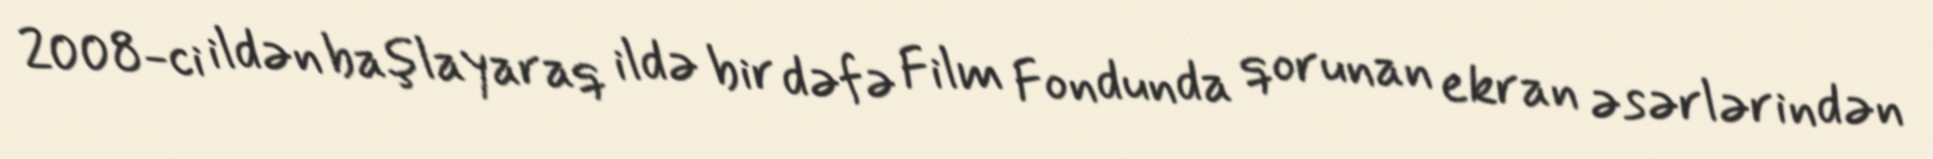
2008-ci ildən başlayaraq ildə bir dəfə Film Fondunda qorunan ekran əsərlərindən